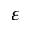
\varepsilon